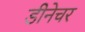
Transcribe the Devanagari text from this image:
डीनेचर